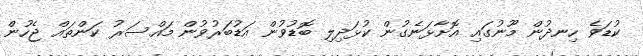
ކުޑަވެ ހިނދުން މޫނުގައި އޮށާޅަނެގުން ކުޅަދިލި ބޮޑުވުން އަޑުބަރުވުން މައްސަރު ކަންތައް ޖެހުން